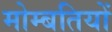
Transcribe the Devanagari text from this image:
मोम्बतियों